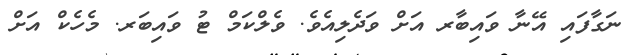
ނަގާފައި އޭނާ ވައިބާރ އަށް ވަދެލިއެވެ. ވެލްކަމް ޓު ވައިބަރ. މެހެކް އަށް